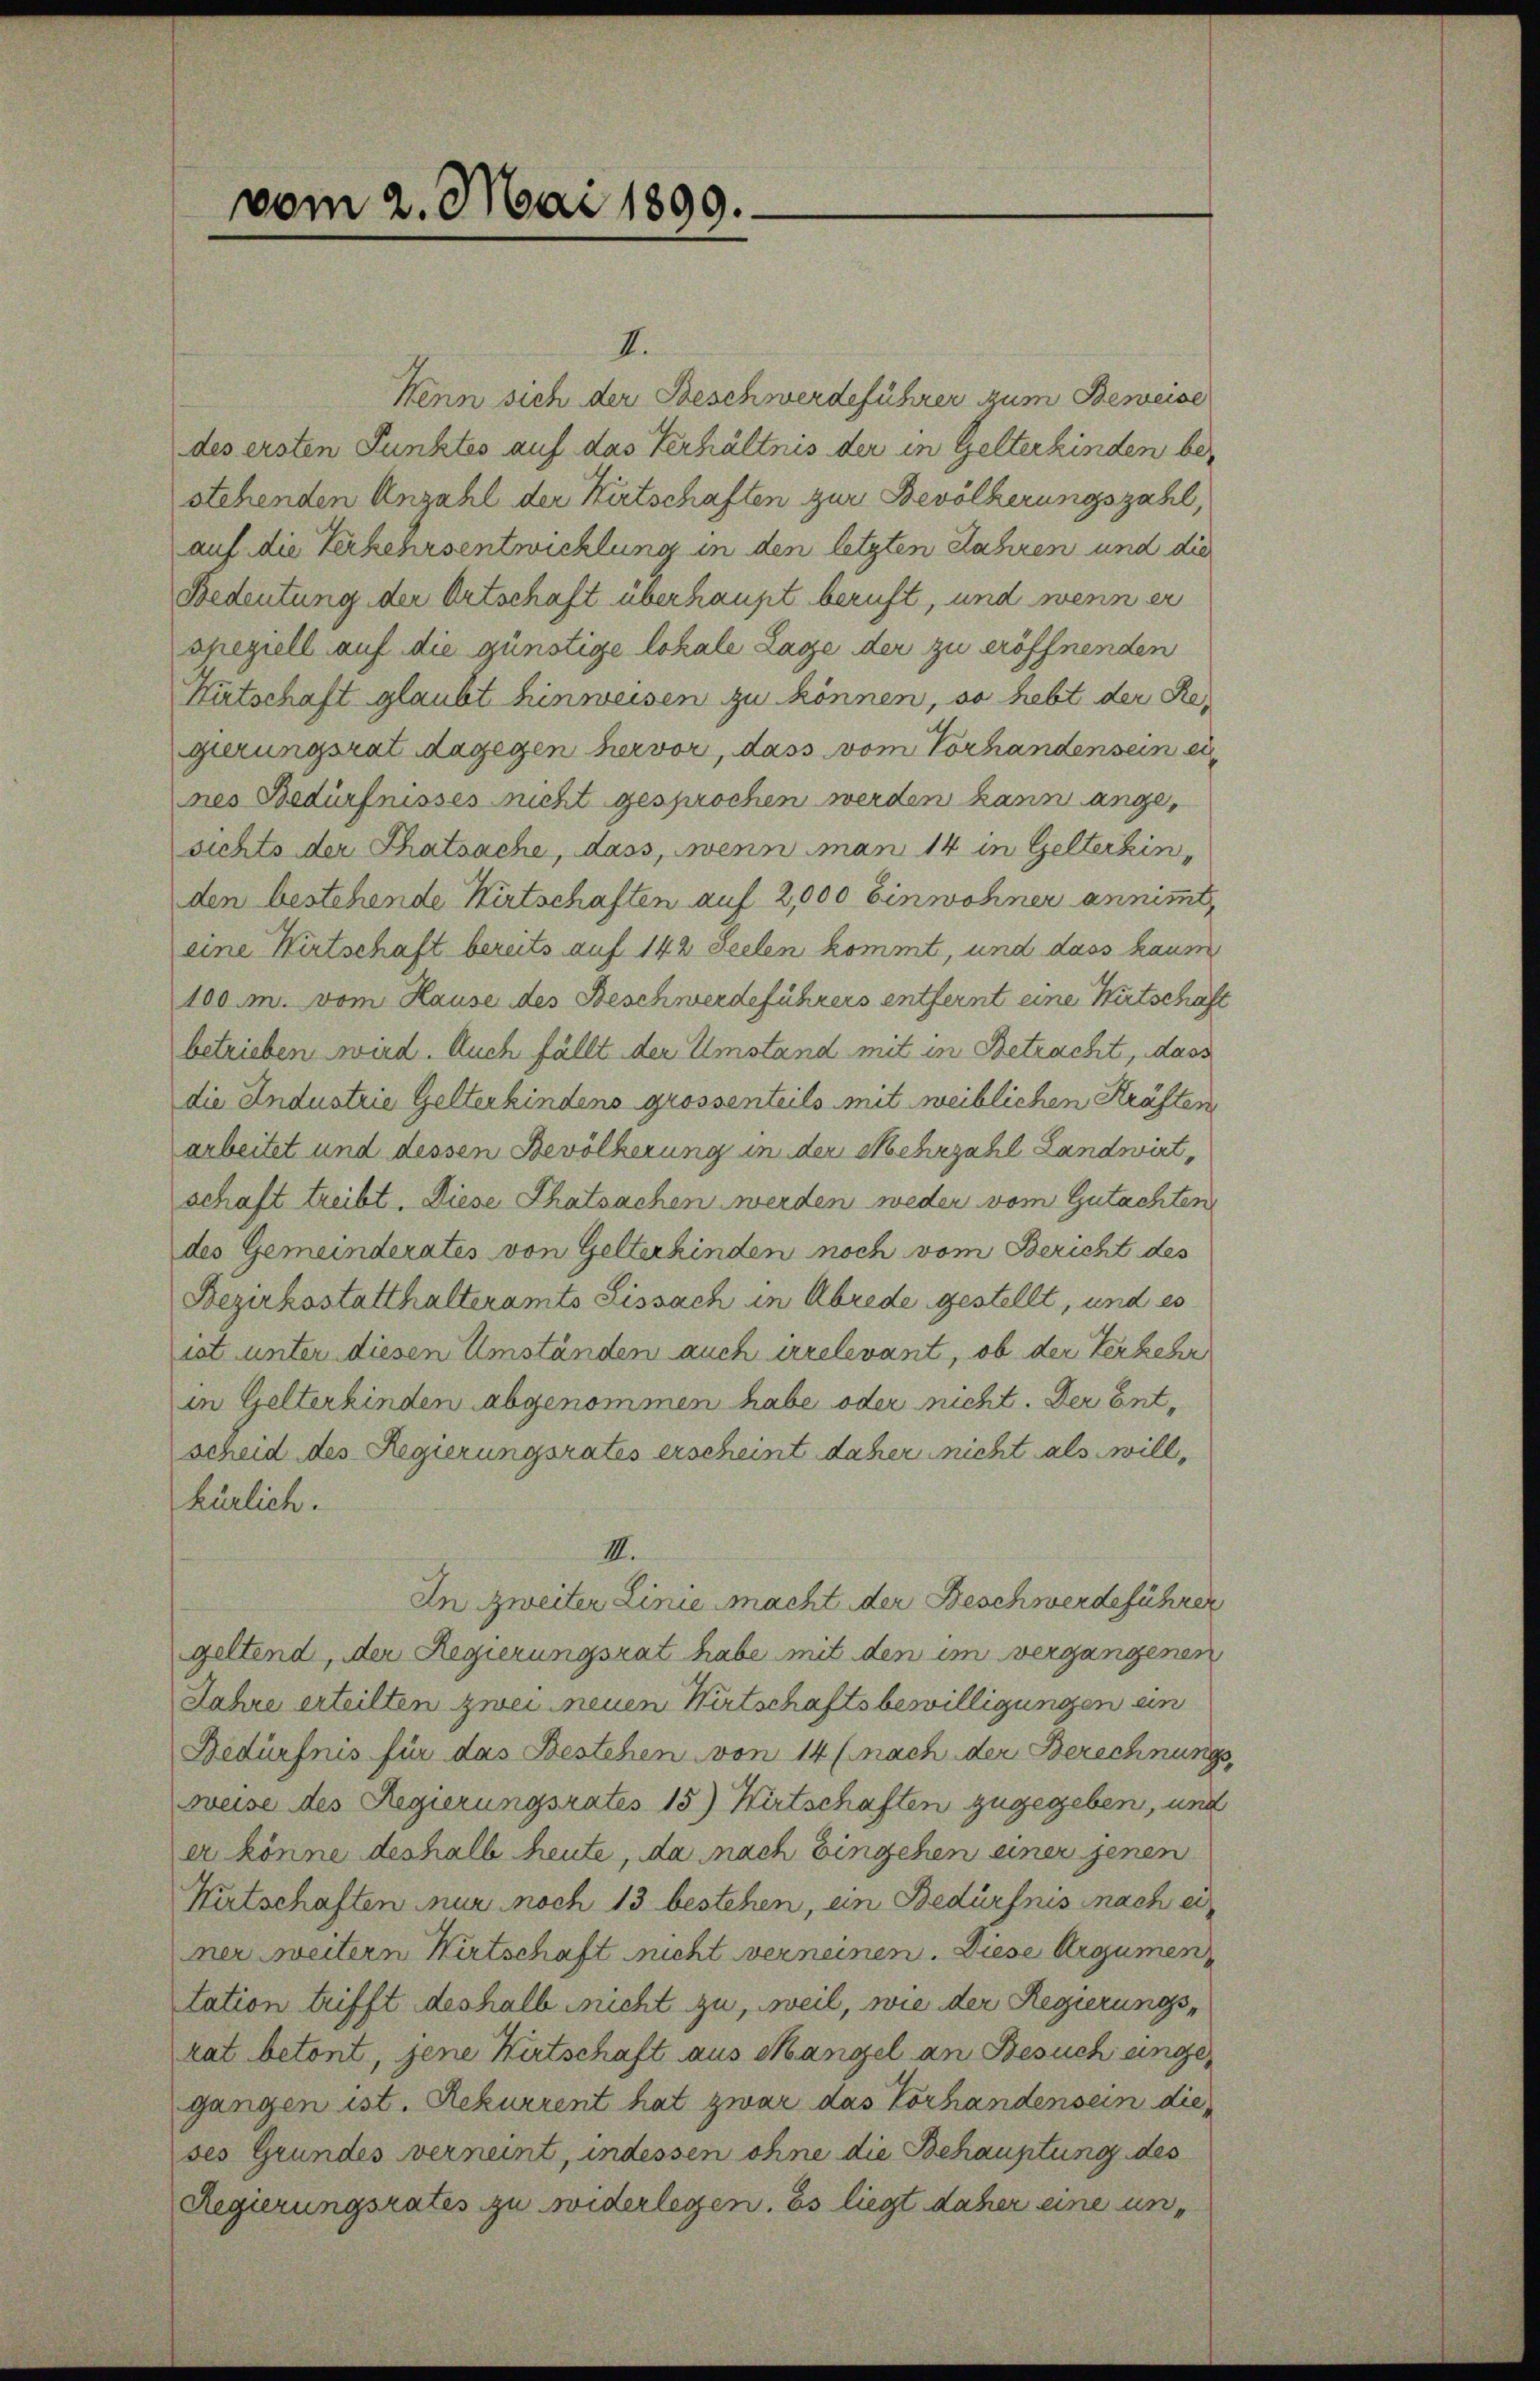
vom 2. Mai 1899.

II.
Kenn sich der Beschwerdeführer zum Beweise
des ersten Punktes auf das Verhältnis der in Gelterkinden bestehenden Anzahl der Kitschaften zur Bevölkerungszahl,
auf die Verkehrsentwicklung in den letzten Jahren und die
Bedeutung der Ortschaft überhaupt beruft, und wenn er
speziell auf die günstige lokale Lage der zu eröffnenden
Hütschaft glaubt hinweisen zu können, so hebt der Regierungsrat dagegen hervor, dass vom Vorhandensein ei
nes Bedürfnisses nicht gesprochen werden kann ange,
sichts der Thatsache, dass, wenn man 14 in Gelterkinden bestehende Wirtschaften auf 2,000 Einwohner annimmt,
eine Wirtschaft bereits auf 142 Seelen kommt, und dass kaum
100 m. vom Hause des Beschwerdeführers entfernt eine Wirtschaft
betrieben wird. Auch fällt der Umstand mit in Betracht, dass
die Industrie Gelterkindens grossenteils mit weiblichen Kräften
arbeitet und dessen Bevölkerung in der Mehrzahl Landwirt,
schaft treibt. Diese Thatsachen werden weder vom Gutachten
des Gemeinderates von Gelterkinden noch vom Bericht des
Bezirksstatthalteramts Lissach in Abrede gestellt, und es
ist unter diesen Umständen auch irrelevant, ob der Verkehr
in Gelterkinden abgenommen habe oder nicht. Der Entscheid des Regierungsrates erscheint daher nicht als will,
kürlich.
III.
In zweiter Linie macht der Beschwerdeführer
geltend, der Regierungsrat habe mit den im vergangenen
Jahre erteilten zwei neuen Wirtschaftsbewilligungen ein
Bedürfnis für das Bestehen von 14 (nach der Berechnung
Beise des Regierungsrates 15) Wirtschaften zugegeben, und
er könne deshalb heute, da nach Eingehen einer jenen
Kitschaften nur noch 13 bestehen, ein Bedürfnis nach ei
mer weitern Wirtschaft nicht verneinen. Diese Argumen
tation trifft deshalb nicht zu, weil, wie der Regierungsrat betont, jene Wirtschaft aus Mangel an Besuch einge
gangen ist. Rekurrent hat zwar das Vorhandensein die
ses Grundes verneint, indessen ohne die Behauptung des
Regierungsrates zu widerlegen. Es liegt daher eine un¬